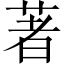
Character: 著